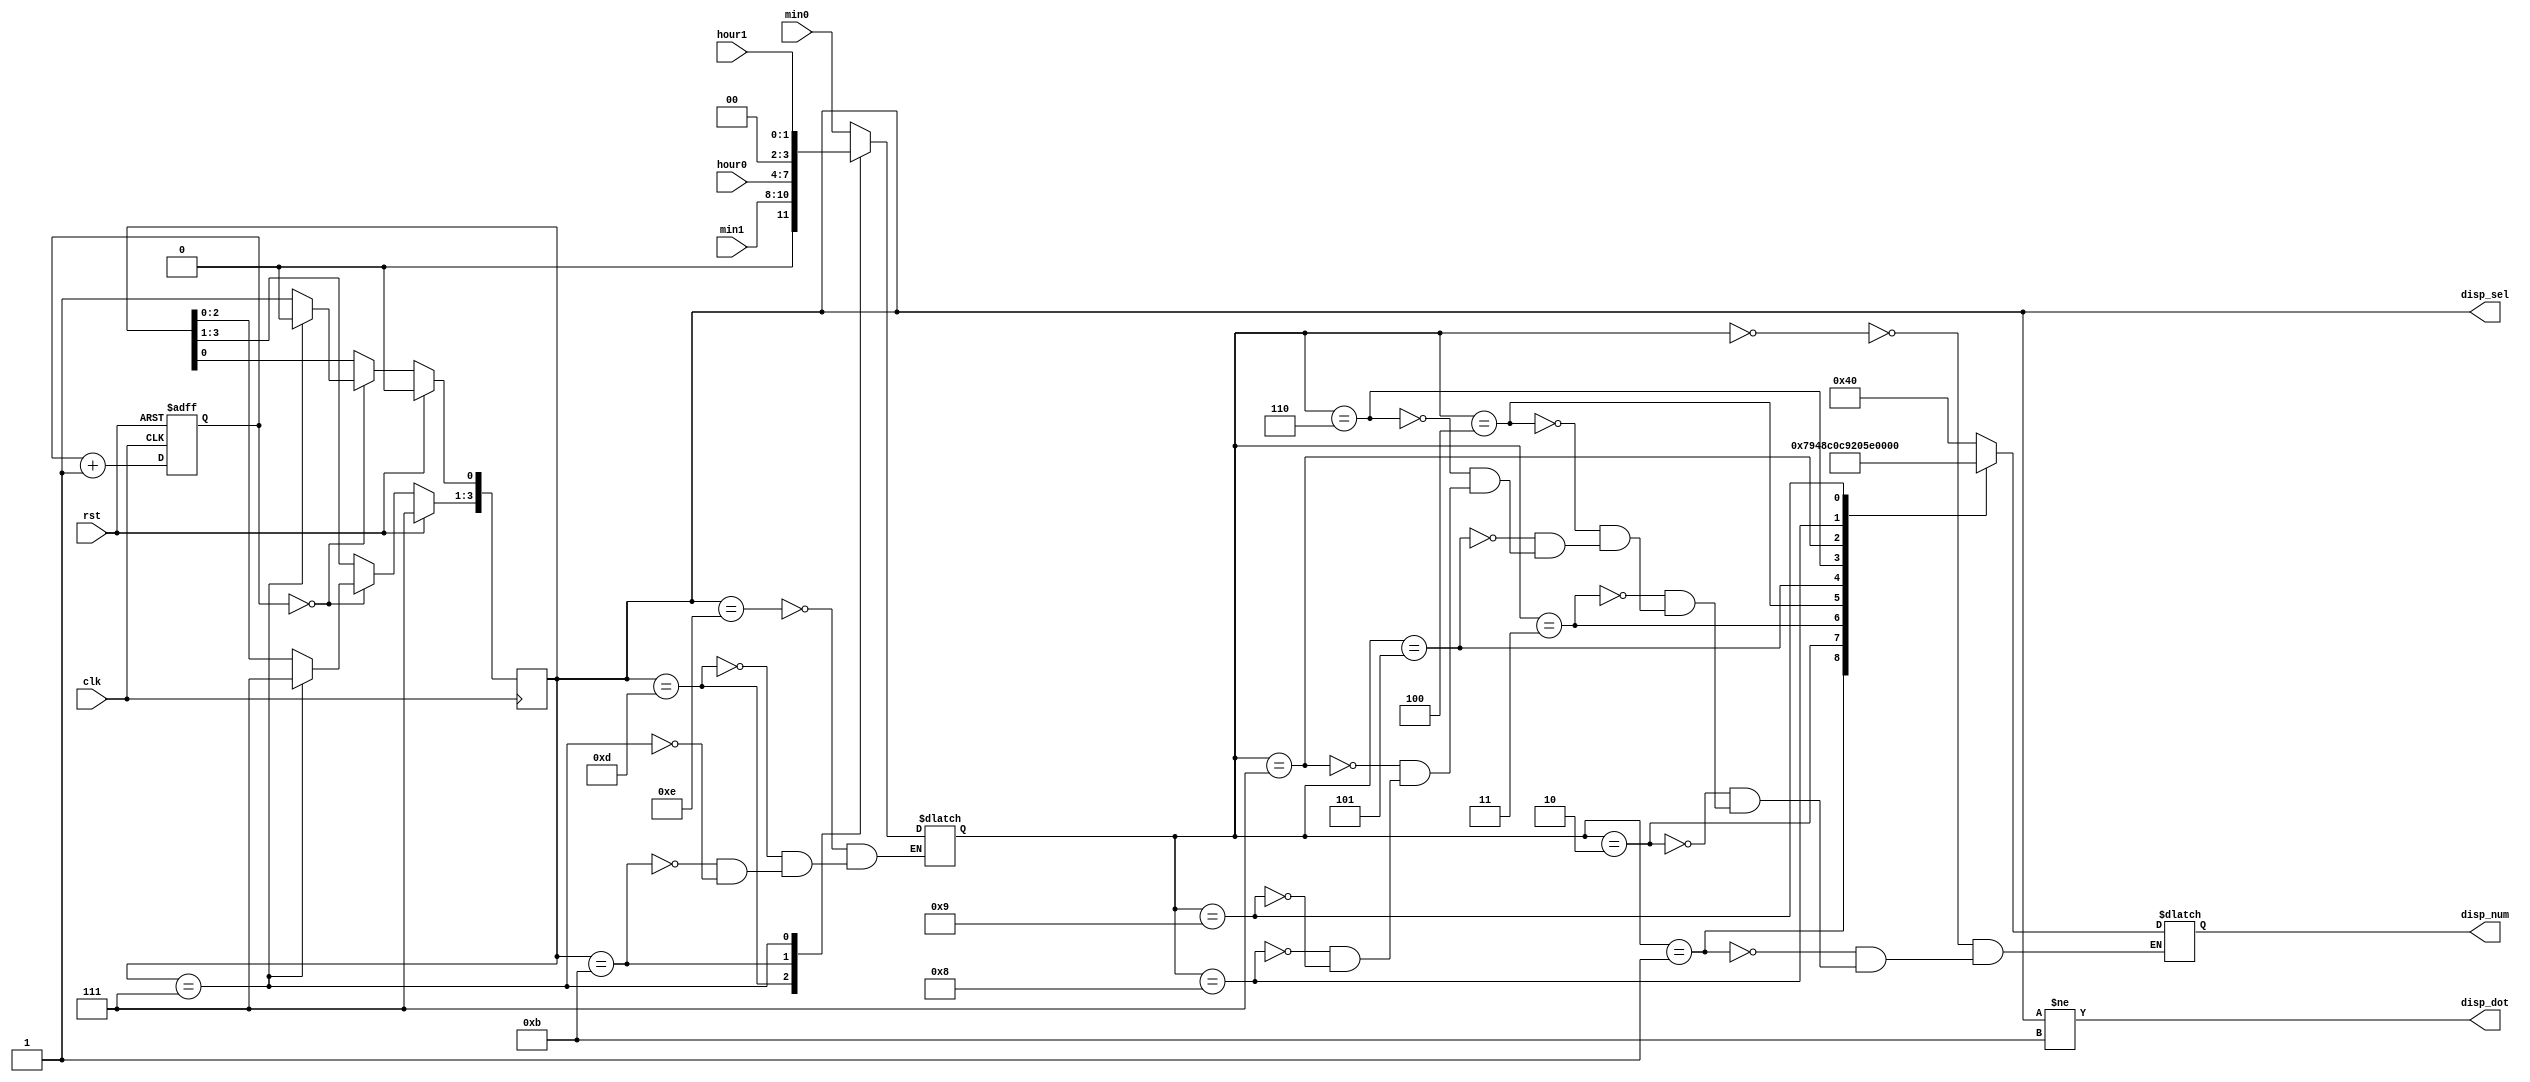
`timescale 1ns / 1ps

module display(
	input 		 clk,
   	input 		 rst,
	input [1:0] 	 hour1,
	input [3:0] 	 hour0,
	input [2:0] 	 min1,
	input [3:0] 	 min0,
    output reg [6:0] disp_num,
	output reg [3:0] disp_sel,
	output 		 disp_dot
);


   wire 		 disp_en;

reg [17:0] refresh_counter; // 20-bit for creating 10.5ms refresh period or 380Hz refresh rate
                            // the first 2 MSB bits for creating 4 LED-activating signals with 2.6ms digit period  


	reg [3:0] digit;
	
   
always @(posedge clk) begin
	if (rst)
		disp_sel <= 4'b1110;
	else if(disp_en) begin
		if(disp_sel == 4'b0111)
			disp_sel <= 4'b1110;
		else begin
			disp_sel[3:1] <= disp_sel[2:0];
			disp_sel[0] <= 1'b1;
		end
	end
end 

   assign disp_en = (refresh_counter == 0);
   assign disp_dot = (disp_sel != 4'b1011);
   
   


always @(posedge clk, posedge rst)  begin   
    if(rst)
        refresh_counter <= 0;
   else
      refresh_counter <= refresh_counter + 1;
end


   always @(*)
     begin
	case(disp_sel)
	  4'b1110: digit = min0;
	  4'b1101: digit = min1;
	  4'b1011: digit = hour0;
	  4'b0111: digit = hour1;
	endcase // case (disp_sel)
     end
     

    
// anode activating signals for 4 LEDs, digit period of 2.6ms
// decoder to generate anode signals
   always @(*)
     begin
	case(digit)
	  4'd0: disp_num[7:0] = 7'b1000000;
	  4'd1: disp_num[7:0] = 7'b1111001;
	  4'd2: disp_num[7:0] = 7'b0100100;
	  4'd3: disp_num[7:0] = 7'b0110000;
	  4'd4: disp_num[7:0] = 7'b0011001;
	  4'd5: disp_num[7:0] = 7'b0010010;
	  4'd6: disp_num[7:0] = 7'b0000010;
	  4'd7: disp_num[7:0] = 7'b1111000;
	  4'd8: disp_num[7:0] = 7'b0000000;
	  4'd9: disp_num[7:0] = 7'b0010000;
	endcase		
     end

endmodule

/*
module display_tb ();

   reg clk, rst;
   reg  [1:0] hour1;
   reg  [2:0] min1;
   reg  [3:0] hour0, min0;
   wire	disp_dot;
   wire	[6:0] disp_num;
   wire	[3:0] disp_sel;
   
   display disp0 (
                       .clk(clk),
                       .rst(rst),
                       .hour0(hour0), 
                       .hour1(hour1),
					   .min0(min0),
					   .min1(min1),
    				   .disp_num(disp_num),
					   .disp_sel(disp_sel),
				       .disp_dot(disp_dot)
                     );   

   initial begin

      $dumpfile("dump.vcd");
      $dumpvars;
      
      rst = 1;
      clk = 1;

      hour0 = 4'd4;
      hour1 = 2'd2;
	  min0 = 4'd1;
	  min1 = 3'd3;


      @(posedge clk) #1 rst=0;

		#100000
      
      @(posedge clk) $finish;
   end
   
   always #10 clk = ~clk;
 
endmodule
*/